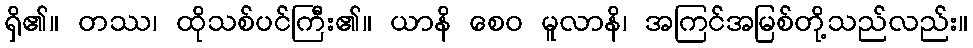
ရှိ၏။ တဿ၊ ထိုသစ်ပင်ကြီး၏။ ယာနိ စေဝ မူလာနိ၊ အကြင်အမြစ်တို့သည်လည်း။